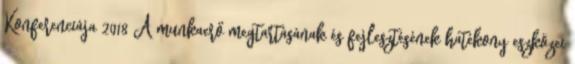
Konferenciája 2018 A munkaerő megtartásának és fejlesztésének hatékony eszközei